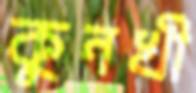
কুনখী